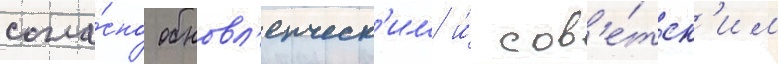
согла́сно обновл'енческ'им и́ сов'е́тск'им